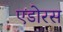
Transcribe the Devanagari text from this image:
एडोरस